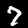
Digit: 7